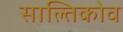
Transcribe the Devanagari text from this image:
साल्तिकोव